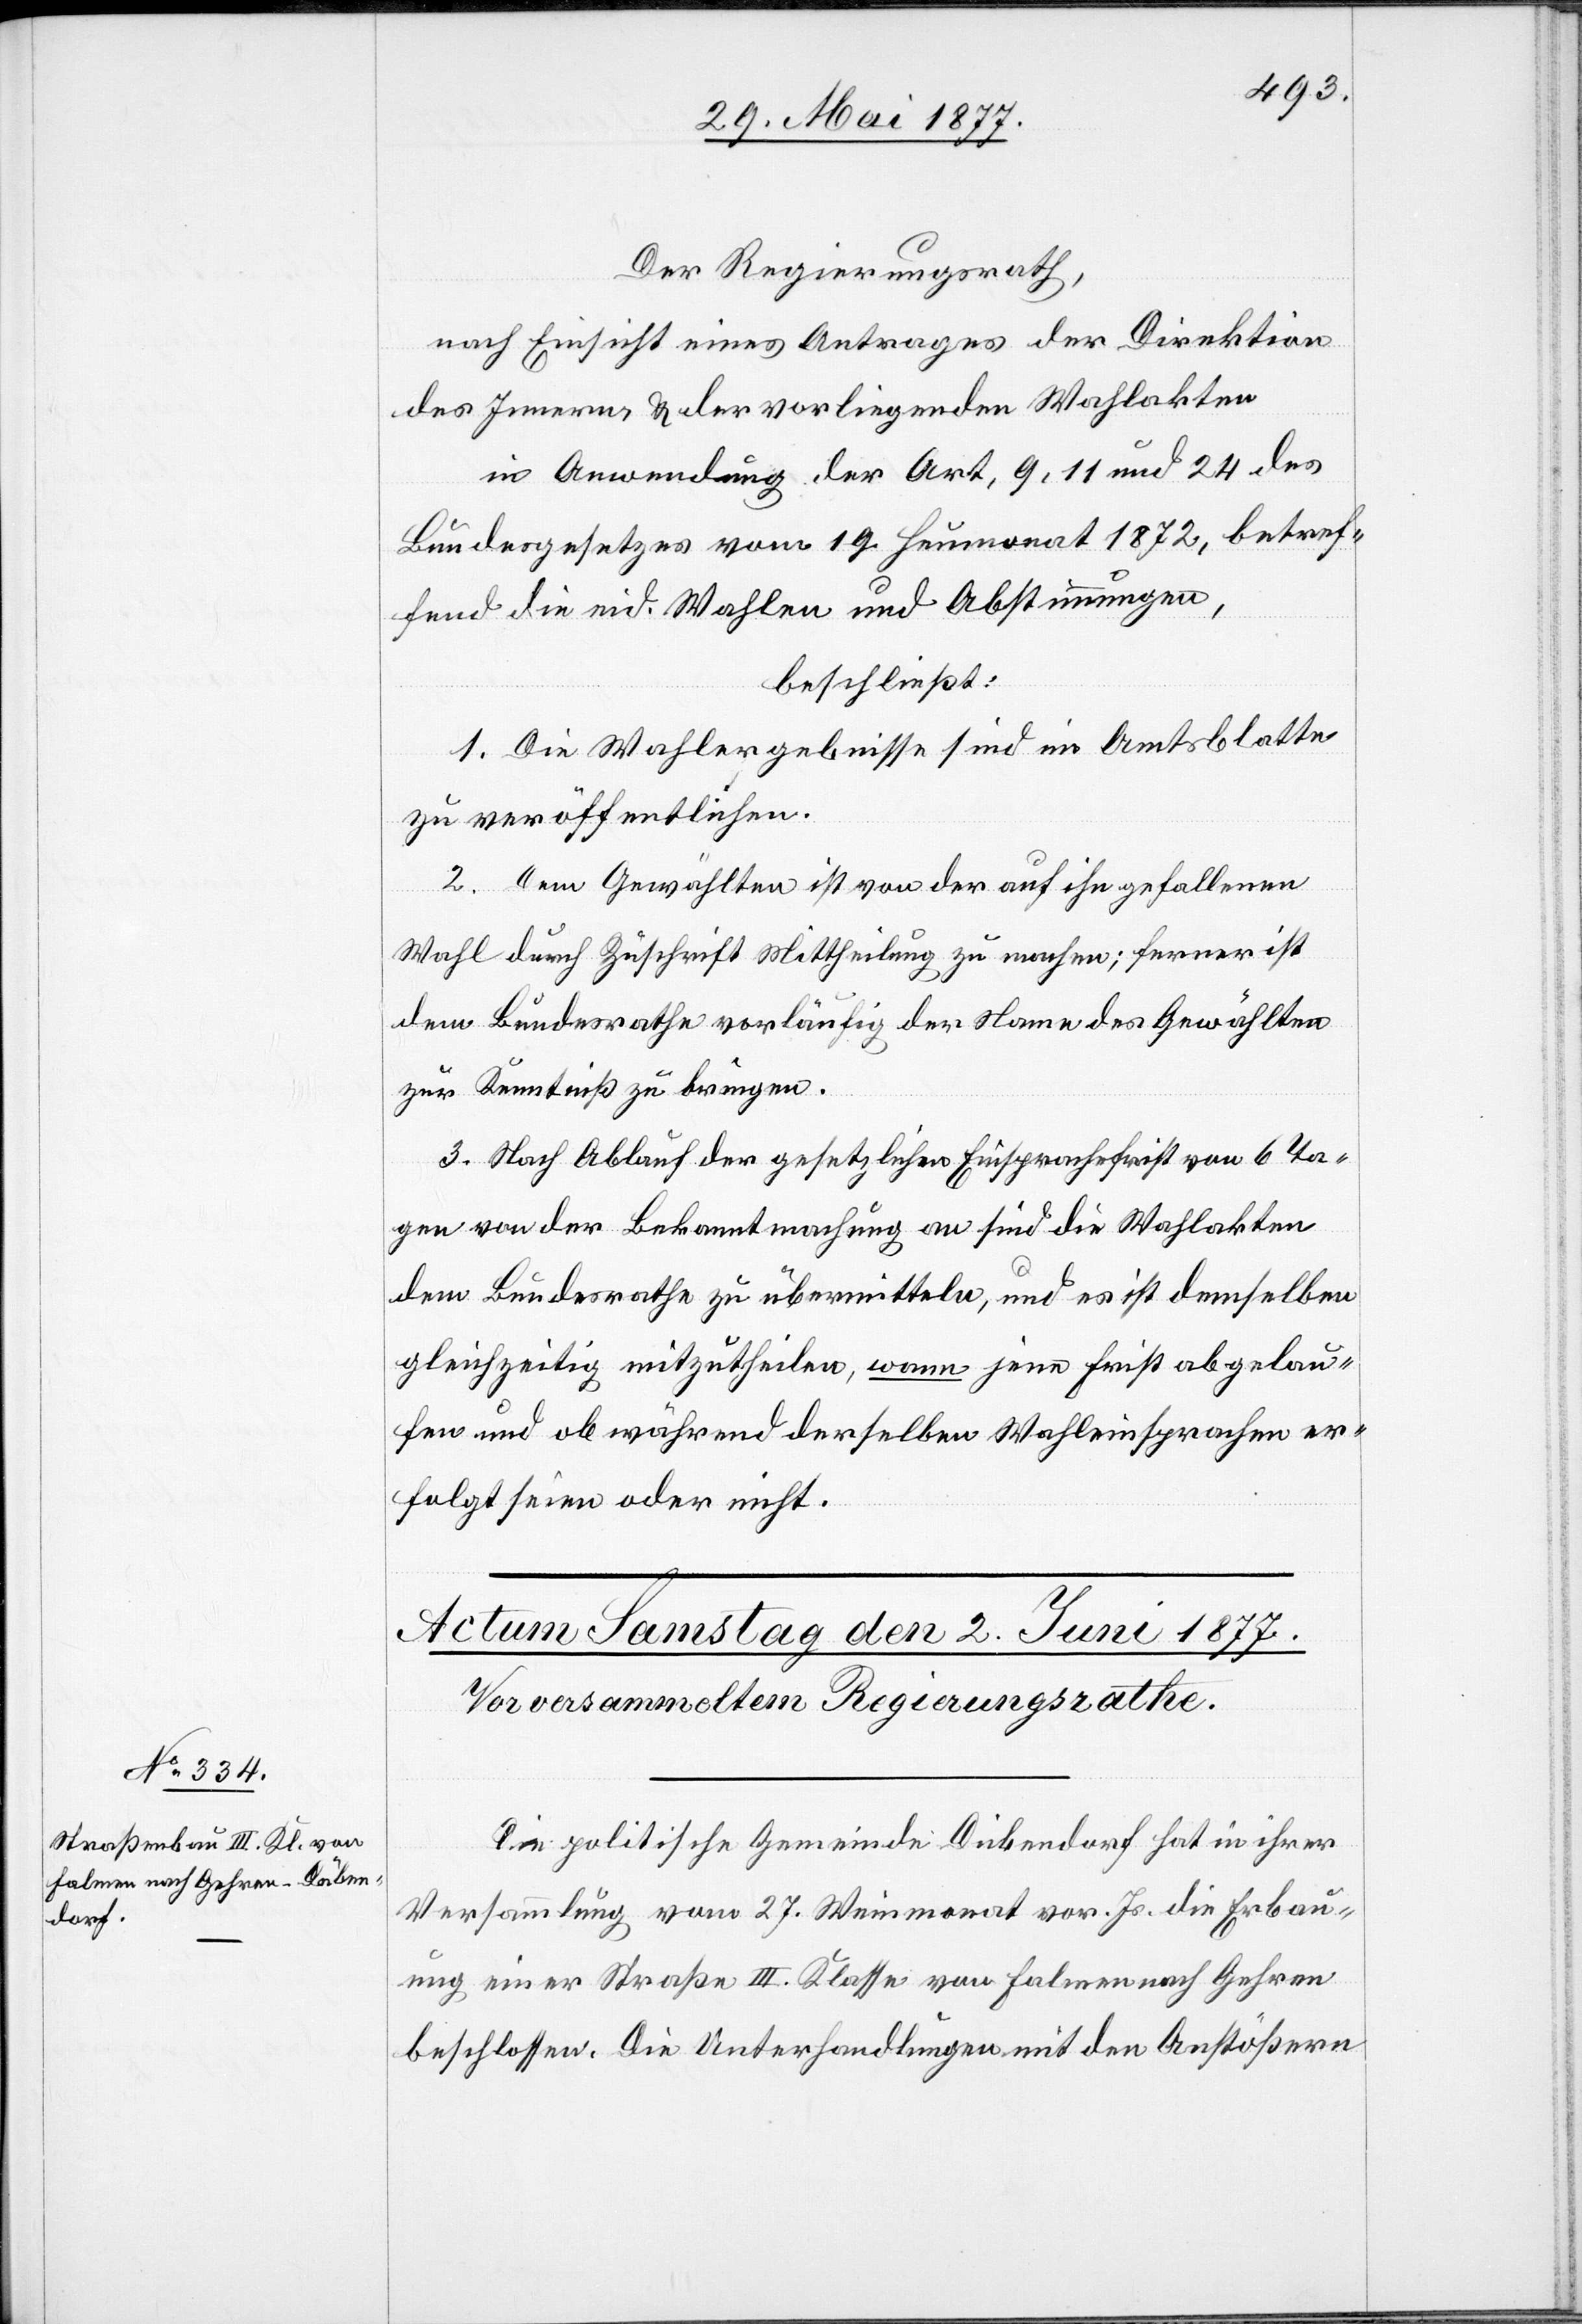
Der Regierungsrath,
nach Einsicht eines Antrages der Direktion
des Innern, & der vorliegenden Wahlakten
in Anwendung der Art. 9, 11 und 24 des
Bundesgesetzes vom 19. Heumonat 1872, betref¬
fend die eid. Wahlen und Abstimmungen,
beschließt:
1. Die Wahlergebnisse sind im Amtsblatte
zu veröffentlichen.
2. Dem Gewählten ist von der auf ihn gefallenen
Wahl durch Zuschrift Mittheilung zu machen; ferner ist
dem Bundesrathe vorläufig der Name des Gewählten
zur Kenntniß zu bringen.
3. Nach Ablauf der gesetzlichen Einsprachefrist von 6 Ta¬
gen von der Bekanntmachung an sind die Wahlakten
dem Bundesrathe zu übermitteln, und es ist demselben
gleichzeitig mitzutheilen, wann jene Frist abgelau¬
fen und ob während derselben Wahleinsprachen er¬
folgt seien oder nicht.
Die politische Gemeinde Dübendorf hat in ihrer
Versammlung vom 27. Weinmonat vor. Js. die Erbau¬
ung einer Straße III. Klasse von Falmen nach Gehren
beschlossen. Die Unterhandlungen mit den Anstößern